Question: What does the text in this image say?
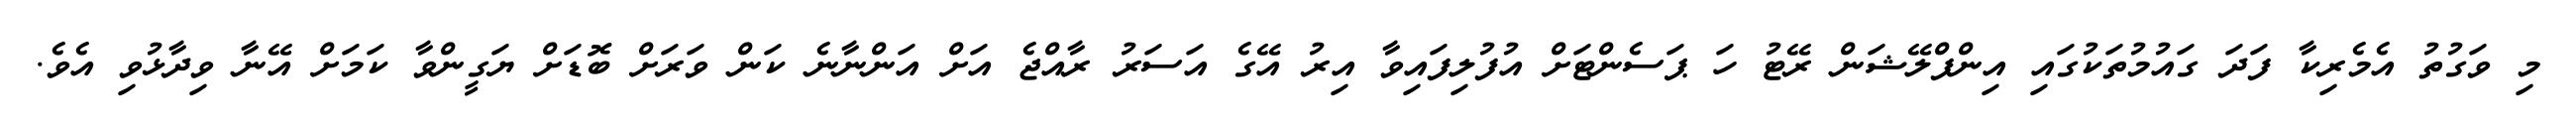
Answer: މި ވަގުތު އެމެރިކާ ފަދަ ގައުމުތަކުގައި އިންފްލޭޝަން ރޭޓު ހަ ޕަސެންޓަށް އުފުލިފައިވާ އިރު އޭގެ އަސަރު ރާއްޖެ އަށް އަންނާނެ ކަން ވަރަށް ބޮޑަށް ޔަގީންވާ ކަމަށް އޭނާ ވިދާޅުވި އެވެ.